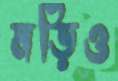
মড়িও